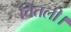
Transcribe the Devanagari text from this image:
तितली।